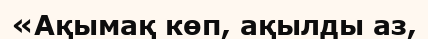
«Ақымақ көп, ақылды аз,